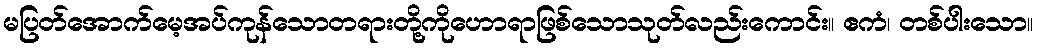
မပြတ်အောက်မေ့အပ်ကုန်သောတရားတို့ကိုဟောရာဖြစ်သောသုတ်လည်းကောင်း။ ဧကံ၊ တစ်ပါးသော။